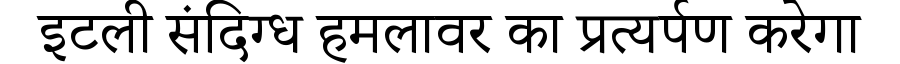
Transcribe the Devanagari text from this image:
इटली संदिग्ध हमलावर का प्रत्यर्पण करेगा